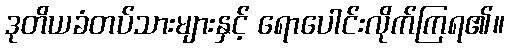
ဒုတိယခံတပ်သားများနှင့် ရောပေါင်းလိုက်ကြရ၏။